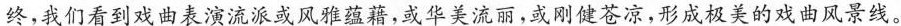
终，我们看到戏曲表演流派或风雅蕴藉，或华美流丽，或刚健苍凉，形成极美的戏曲风景线。